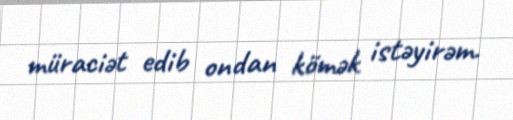
müraciət edib ondan kömək istəyirəm.